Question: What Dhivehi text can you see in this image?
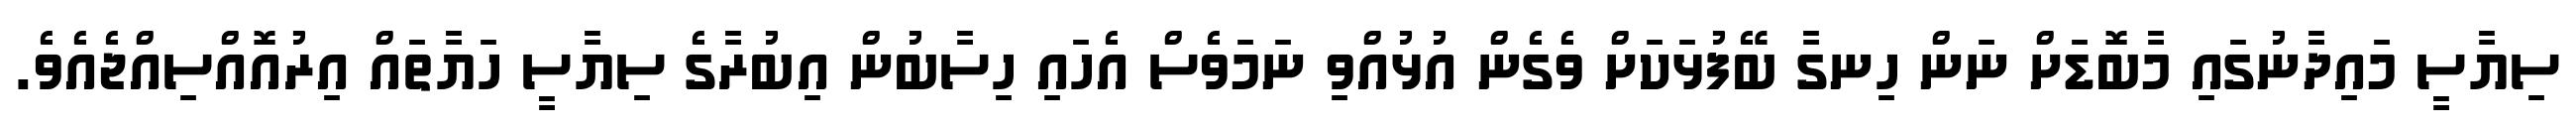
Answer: ސިޔާސީ މައިދާނުގައި މާބޮޑަށް ނަން ހިނގާ ބޭފުޅަކަށް ވެގެން އުޅުއްވި ނަމަވެސް އެހައި ހިސާބުން އިބުރާގެ ސިޔާސީ ހަޔާތައް އިރުއޮއްސިއްޖެއެވެ.